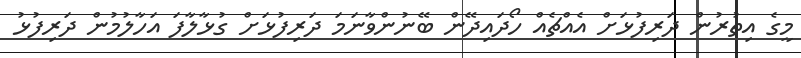
މީގެ އިތުރުން ދަރިފުޅަށް އެއްޗެއް ހޯދައިދޭން ބޭނުންވާނަމަ ދަރިފުޅަށް ގުޅާލާފަ އަހާލުމުން ދަރިފުޅު